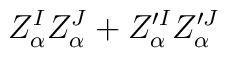
Z_\alpha^IZ^J_\alpha + Z'^I_\alpha Z'^J_\alpha